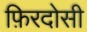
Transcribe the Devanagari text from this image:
फ़िरदोसी